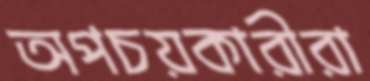
অপচয়কারীরা